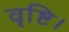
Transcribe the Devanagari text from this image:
वृष्टि।